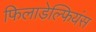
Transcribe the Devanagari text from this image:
फिलाडेल्फियंस